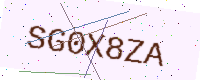
Text: SG0X8ZA